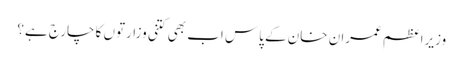
وزیراعظم عمران خان کے پاس اب بھی کتنی وزارتوں کا چارج ہے؟